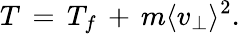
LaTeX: T\, =\, T_{f}\, +\, m\langle v_{\perp}\rangle^{2}.